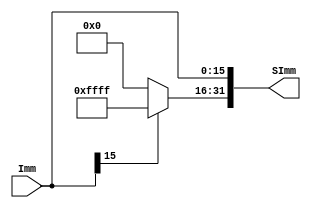
module SE(
    input [15:0] Imm, // Immediate
    output [31:0] SImm // Signed Immediate
    );
    
    assign SImm[15:0] = Imm[15:0]; // First 16 bits of extended Immediate are equal to unextended Immediate
    assign SImm[32:16] = Imm[15]?16'b1111_1111_1111_1111:16'b0; // Remaining 16 bits of extended Immediate are equal to the MSB of unextended Immediate 
endmodule